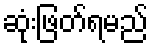
ဆုံးဖြတ်ရမည်